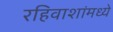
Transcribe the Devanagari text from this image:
रहिवाशांमध्ये